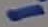
Text: 1